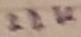
Text: 32K